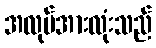
အလုပ်အားလုံးသည်